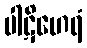
ပါဋိဟေရံ